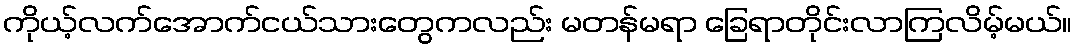
ကိုယ့်လက်အောက်ငယ်သားတွေကလည်း မတန်မရာ ခြေရာတိုင်းလာကြလိမ့်မယ်။